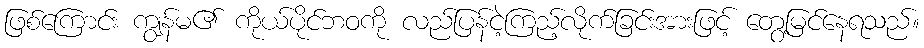
ဖြစ်ကြောင်း ကျွန်မ၏ ကိုယ်ပိုင်ဘဝကို လည်ပြန်ငဲ့ကြည့်လိုက်ခြင်းအားဖြင့် တွေ့မြင်နေရသည်။